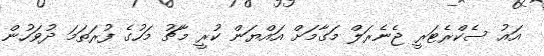
އައު ސެކްރެޓަރީ ޖެނެރަލް މަގާމަށް އައްޔަން ކުރީ މާޗު މަހުގެ ފުރަތަމަ ދުވަހުން